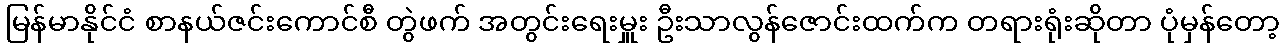
မြန်မာနိုင်ငံ စာနယ်ဇင်းကောင်စီ တွဲဖက် အတွင်းရေးမှူး ဦးသာလွန်ဇောင်းထက်က တရားရုံးဆိုတာ ပုံမှန်တော့